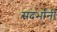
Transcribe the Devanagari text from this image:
संदर्भांनी